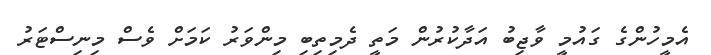
އެމީހުންގެ ގައުމީ ވާޖިބު އަދާކުރުން މަތީ ދެމިތިބި މިންވަރު ކަމަށް ވެސް މިނިސްޓަރު